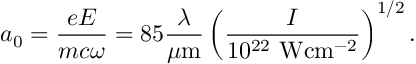
a _ { 0 } = \frac { e E } { m c \omega } = 8 5 \frac { \lambda } { \mu \mathrm { m } } \left( \frac { I } { 1 0 ^ { 2 2 } ~ \mathrm { W } \mathrm { c m } ^ { - 2 } } \right) ^ { 1 / 2 } .